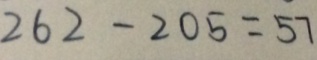
2 6 2 - 2 0 5 = 5 7